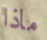
ماذا